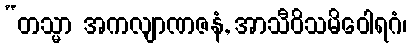
“တသ္မာ အကလျာဏဇနံ, အာသီဝိသမိဝေါရဂံ၊